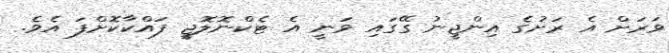
ވަރަށް އެ ރަށުގެ އިންޖީނު ގޭގައި ވަނީ އެ ޓެކްނޮލޮޖީ ފައްކާކޮށްފަ އެވެ.